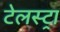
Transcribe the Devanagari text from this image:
टेलस्ट्रा